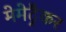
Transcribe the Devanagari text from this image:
मेमेट्रैकर